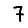
Digit: 7